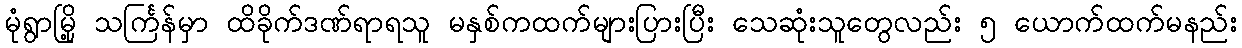
မုံရွာမြို့ သင်္ကြန်မှာ ထိခိုက်ဒဏ်ရာရသူ မနှစ်ကထက်များပြားပြီး သေဆုံးသူတွေလည်း ၅ ယောက်ထက်မနည်း